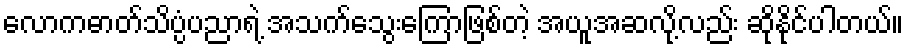
လောကဓာတ်သိပ္ပံပညာရဲ့ အသက်သွေးကြောဖြစ်တဲ့ အယူအဆလို့လည်း ဆိုနိုင်ပါတယ်။